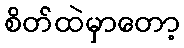
စိတ်ထဲမှာတော့